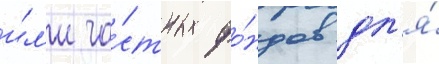
и́л'и ча́стных фо́ндов дл'я́